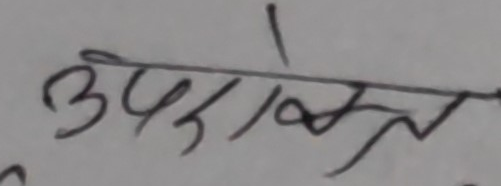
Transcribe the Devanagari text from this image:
उपरोक्त